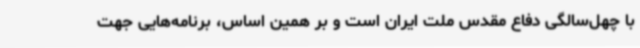
با چهل‌سالگی دفاع مقدس ملت ایران است و بر همین اساس، برنامه‌هایی جهت